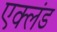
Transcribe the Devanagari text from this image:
एक्लंड